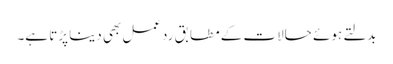
بدلتے ہوئے حالات کے مطابق ردعمل بھی دینا پڑتا ہے۔